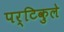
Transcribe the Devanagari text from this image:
पर्टिकुले